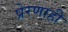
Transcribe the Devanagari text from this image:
प्रेरणाही